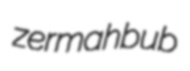
zermahbub